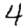
Digit: 4